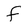
Character: f